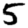
Digit: 5